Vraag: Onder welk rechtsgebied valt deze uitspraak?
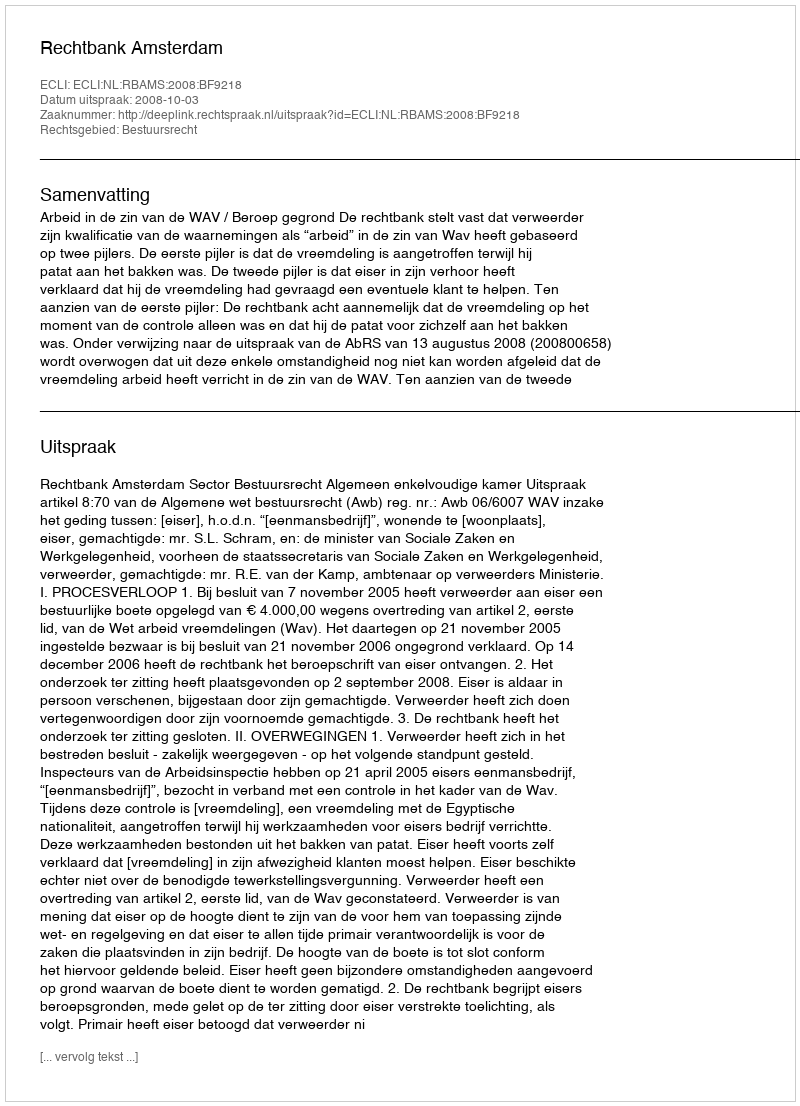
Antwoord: Bestuursrecht